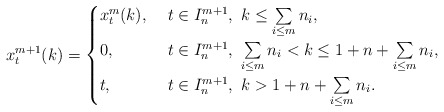
\begin{align*}x_{t}^{m+1}(k)=\begin{cases}x_{t}^{m}(k), & \ t\in I_n^{m+1}, \ k\le \sum\limits_{i\le m} n_i,\\0, & \ t\in I_n^{m+1}, \ \sum\limits_{i\le m} n_i< k\le 1+n+\sum\limits_{i\le m} n_i,\\t, & \ t\in I_n^{m+1}, \ k>1+n+\sum\limits_{i\le m} n_i.\end{cases}\end{align*}